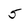
Character: 5